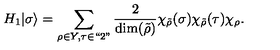
H _ { 1 } | \sigma \rangle = \sum _ { \rho \in Y , \tau \in ` ` 2 " } { \frac { 2 } { \dim ( \tilde { \rho } ) } } \chi _ { \tilde { \rho } } ( \sigma ) \chi _ { \tilde { \rho } } ( \tau ) \chi _ { \rho } .